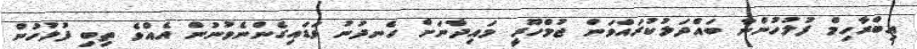
އިބްރާހިމް ފުލުހުންނާ ބައްދަލުކުރައްވަން ޖުމްހޫރީ މައިދާނަށް ހެނދުނު ވަޑައިގެންނެވުނުން އެއްވެ ތިބި ފުލުހުން